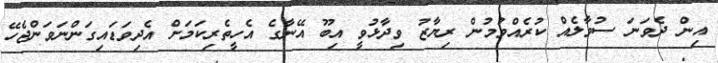
އިން ދެވަަނަ ސުވާލެއް ކުރެއްވުމުން ރިޔާޒު ވިދާޅުވީ އިބޫ އޭނާގެ އެހީތެރިކަމަށް އެދިވަޑައިގަންނަވަންޖެހޭ